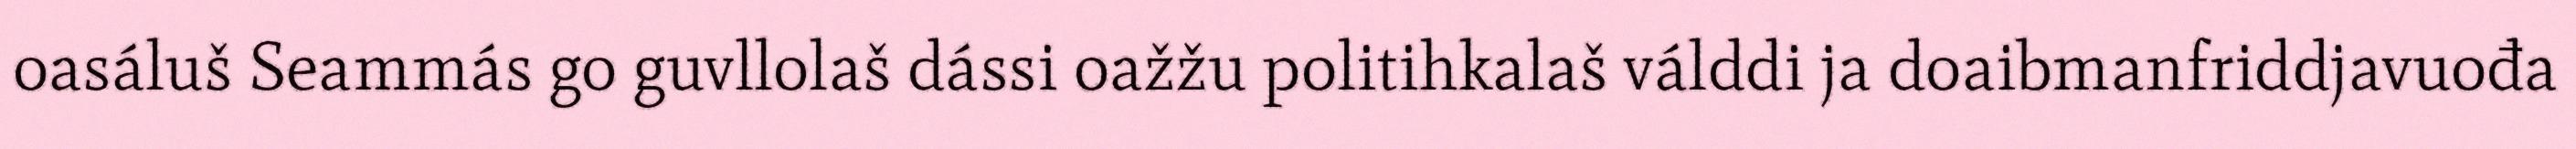
oasáluš Seammás go guvllolaš dássi oažžu politihkalaš válddi ja doaibmanfriddjavuođa